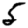
Digit: 5